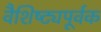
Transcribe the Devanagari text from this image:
वैशिष्ट्यपूर्वक